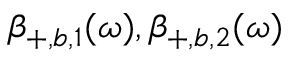
\beta _ { + , b , 1 } ( \omega ) , \beta _ { + , b , 2 } ( \omega )